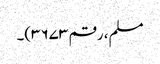
مسلم، رقم ۳۶۷۳)۔